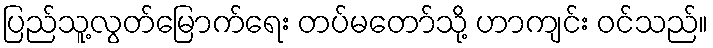
ပြည်သူ့လွတ်မြောက်ရေး တပ်မတော်သို့ ဟာကျင်း ဝင်သည်။